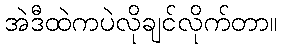
အဲဒီထဲကပဲလိုချင်လိုက်တာ။